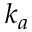
k _ { a }